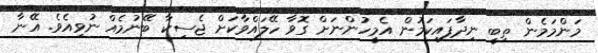
މަންމަމެން ތިބީ ނިދާފައިކަމުން އެމީހުންނަށް ގޮވާ ހޭލައްވާކަށް ޖެސިކާ ބޭނުމެއް ނުވިއެވެ. އޭނާ